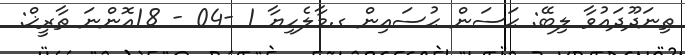
ތިނަދޫދައުވާ ލިބޭ: ޙަސަން ޙުސައިން ގ.މާލެހިޔާ 1 -04 - 18އޮންނަ ތާރީޚް: